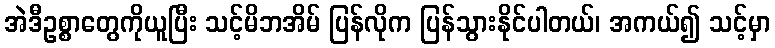
အဲဒီဥစ္စာတွေကိုယူပြီး သင့်မိဘအိမ် ပြန်လိုက ပြန်သွားနိုင်ပါတယ်၊ အကယ်၍ သင့်မှာ